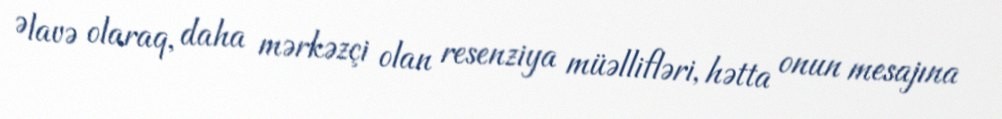
Əlavə olaraq, daha mərkəzçi olan resenziya müəllifləri, hətta onun mesajına